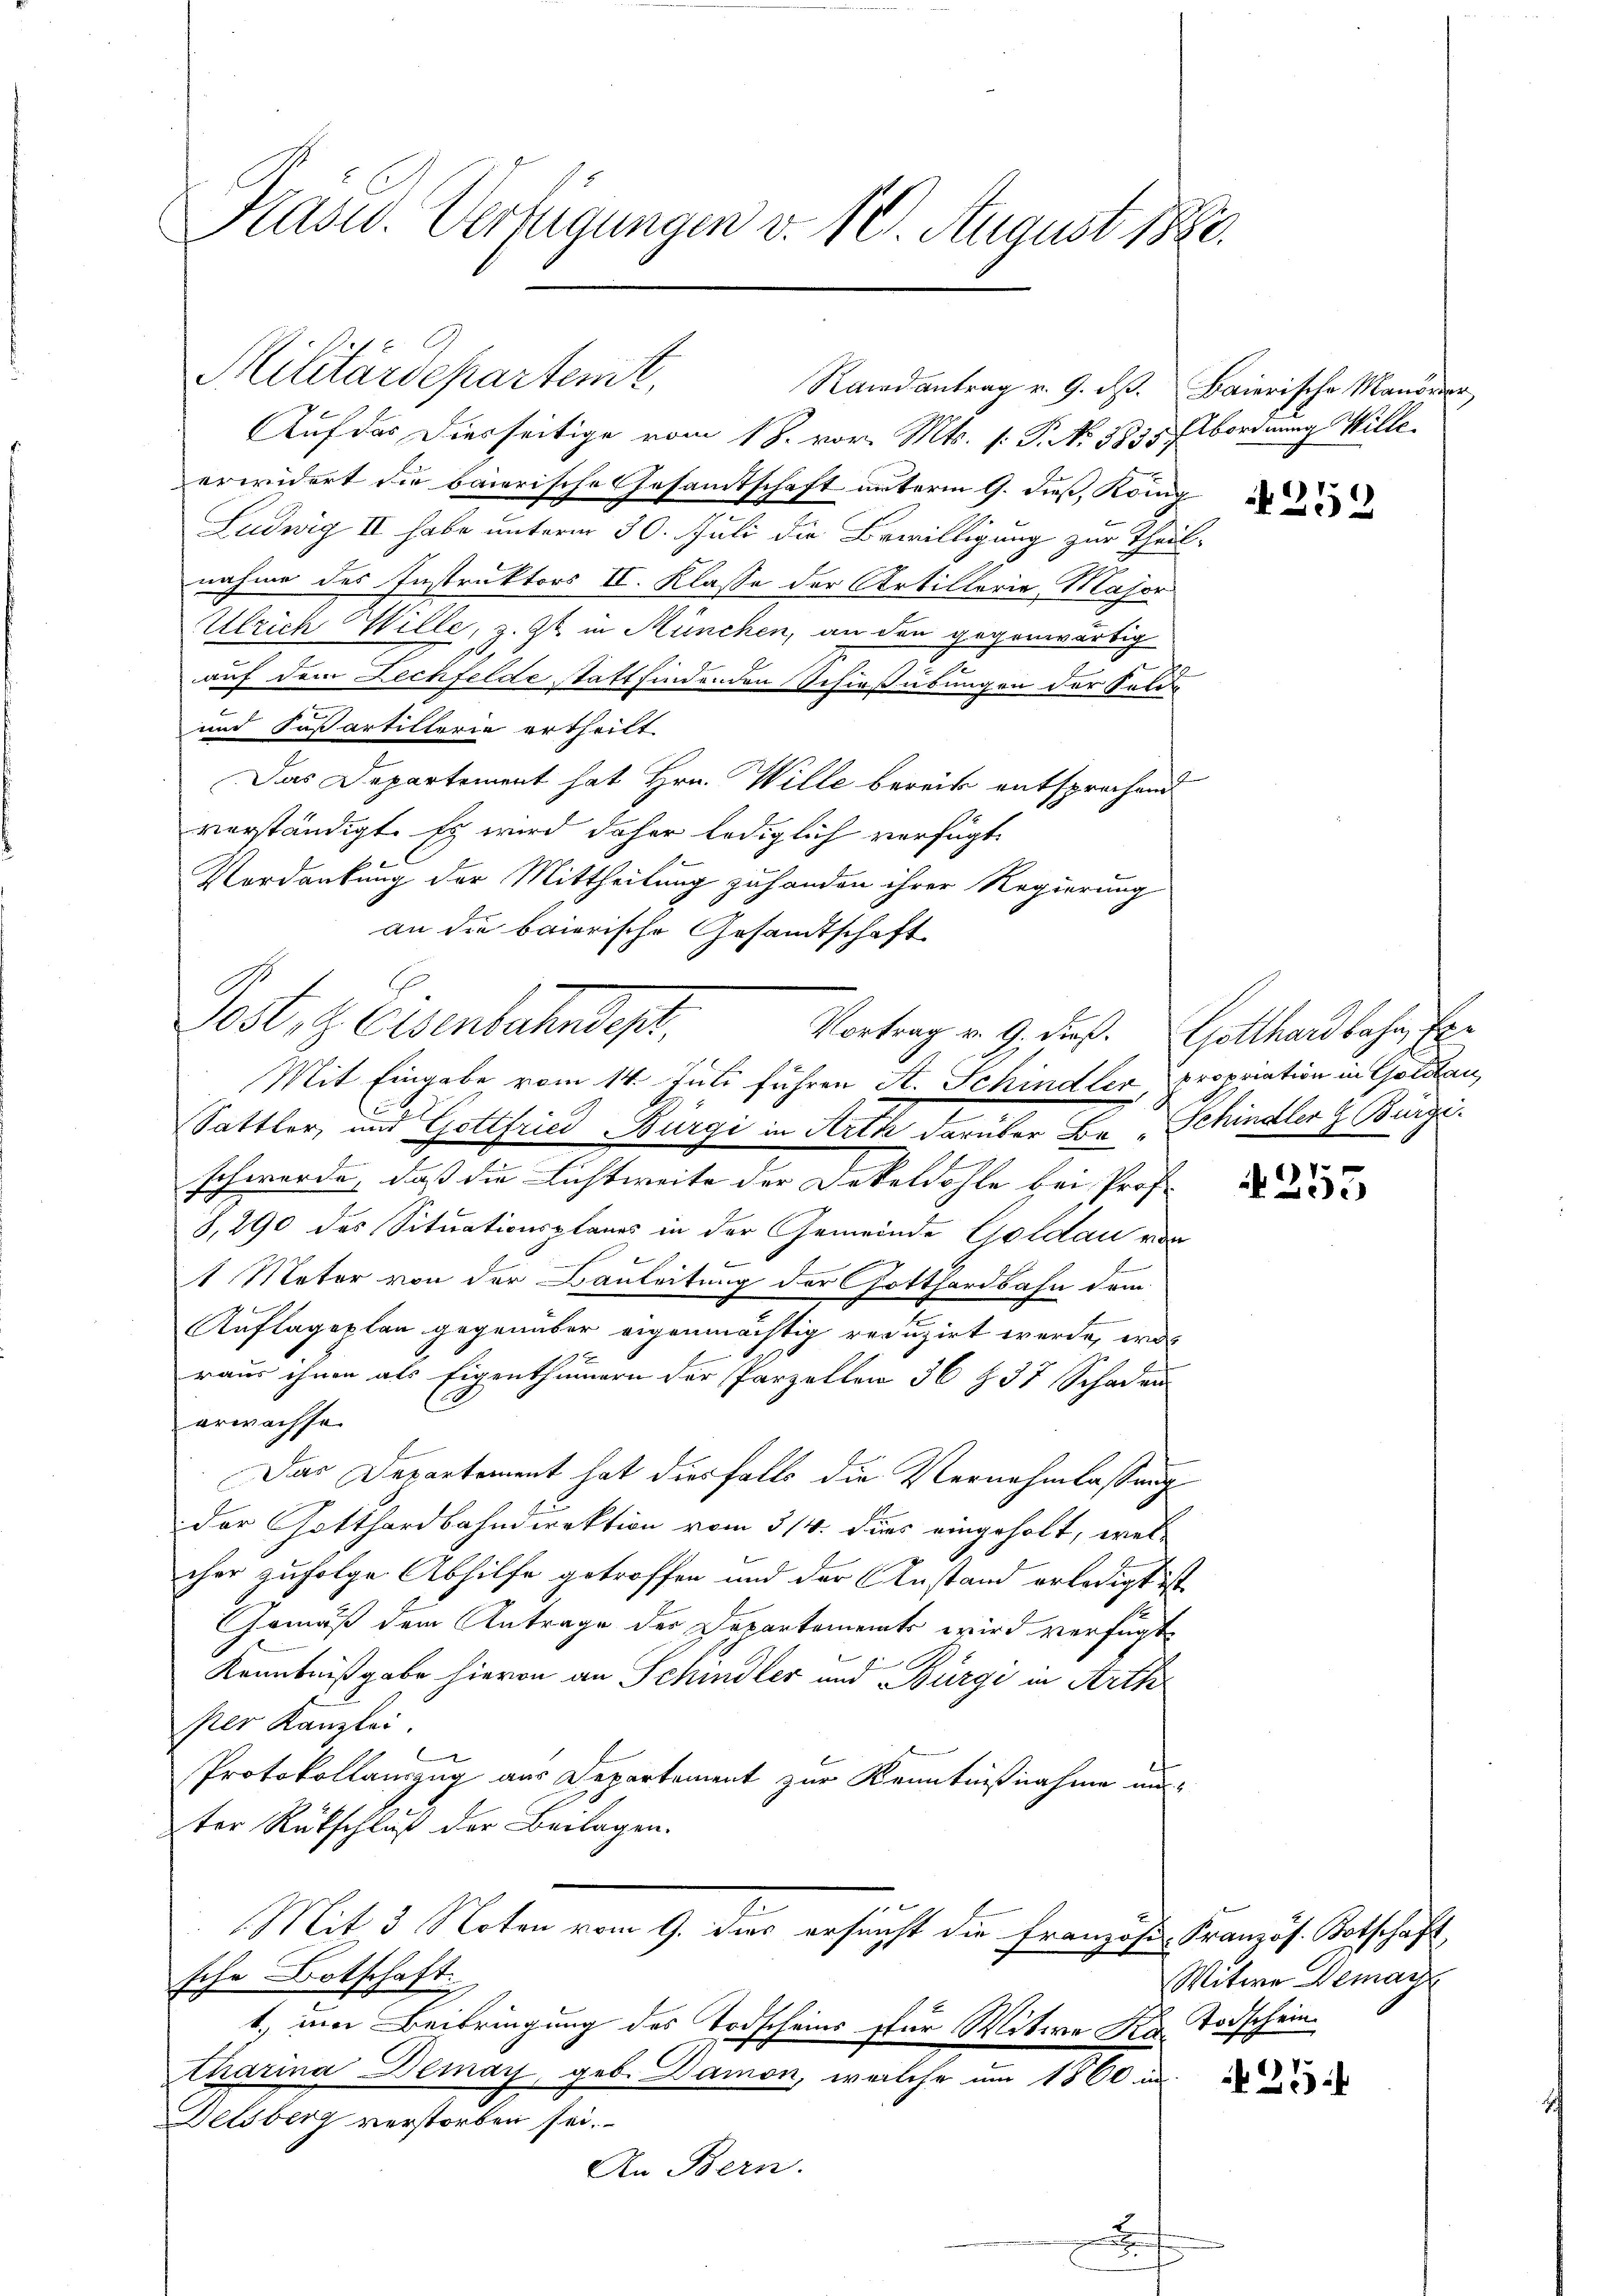
Kasu. Verfügungen v. 10. August 1880.

Militärdepartent,
Randantrag v. 9. ds. Baierische Manöver

Auf das Diesseitige vom 18. vor. Mts. (: P. No. 1835 Abordnung Wille
erwidert die baierische Gesamtschaft unterm 9. dieß, König
Ludwig II habe unterm 30. Juli die Bewilligung zur Theilnahme des Instruktors II. Klasse der Artillerie Major
Ulrich Wille, z. Zt. in München, an den gegenwärtig
auf dem Lechfelde stattfindenden Schießübungen der Felde
und Paßartillerie ertheilt
Das Departement hat Hrn. Wille bereits entsprochend
verständigt. Es wird daher lediglich verfügt:
Verdankung der Mittheilung zu handen ihrer Regierung
an die baierische Gesandtschaft
1
Post, z. Elsenbahndept.
Sattler, und Gottfried Bürgi in Arth darüber Dr Schindler h. Bürge
schwerde, daß die Lichtweite der Dokeldohle bei Prof.
8,290 des Situationsplanes in der Gemeinde Goldau von
1 Mater von der Bauleitung der Gotthardbahn dem
Auflageplan gegenüber eigenmächtig reduzirt werde, was
x
raus ihnen als Eigenthümern der Parzellen 36 § 37 Schaden
erwachse
Das Departement hat diesfalls die Vernehmlassung
der Gotthardbahndirektion vom 3/4. dues eingeholt, welcher zufolge Abhilfe getroffen und der Anstand erledigt ist
Gemäß dem Antrage der Departements wird verfügt
E
Kenntnißgabe hievon an Schindler und Bürgi in Arth
per Kanzlei.
2
Protokollauszug aus Departement zur Kenntnißnahme aus-
ter Rückschluß der Beilagen.
Mit 3 Noten vom 9. dies ersucht die Französ-Französ. Botschaft
sche Botschaft
1.) ein Beibringung des Todscheins für Witwe der Todschein
tharina Demay, geb. Damon, welche um 1860 in
Delsberg verstorben sei.
An Bern.

Mit Eingabe vom 14. Juli fuhren A. Schindler, propriation in Goldau,

E

252

Vortrag v. 9. dieß. Gotthardbahn, Ex¬

4253

Witwe Demay

1
x